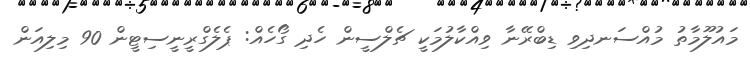
މައުލޫމާތު މުއްސަނދިވި ޑިބްރޭނާ ވިއްކާލުމަކީ ޗެލްސީން ހެދި ގޯހެއް: ޕެލެގްރީނީސިޓީން 90 މިލިއަން